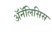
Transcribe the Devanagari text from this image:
ॲनॅलिसिस